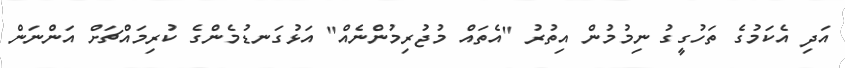
އަދި އެކަމުގެ ތަހުގީގު ނިމުމުން އިތުރު "އެތައް މުޖުރިމުންނެއް" އަޅުގަނޑުމެންގެ ކުރިމައްޗަށް އަންނަން